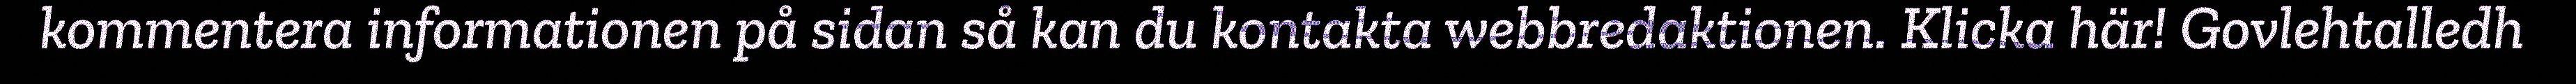
kommentera informationen på sidan så kan du kontakta webbredaktionen. Klicka här! Govlehtalledh